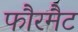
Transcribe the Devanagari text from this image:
फौरमैट